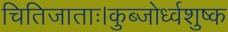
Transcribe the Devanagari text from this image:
चितिजाताः।कुब्जोर्ध्वशुष्क